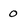
Character: 0